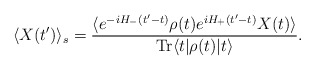
\begin{align*}\langle X(t')\rangle_s=\frac{\langle e^{-iH_-(t'-t)} \rho(t) e^{iH_+(t'-t)}X(t) \rangle}{ {\rm Tr} \langle t | \rho(t) |t \rangle}.\end{align*}